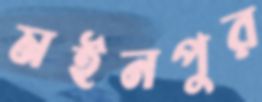
মইনপুর